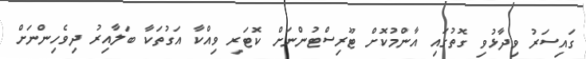
ގައިސަރު ވިދާޅުވި ގޮތުގައި އާންމުކޮށް ޓޫރިސްޓުންނަށް ކޮޓަރި ވިއްކާ އަގުތަކާ ބަލާއިރު ދިވެހިންނަށް